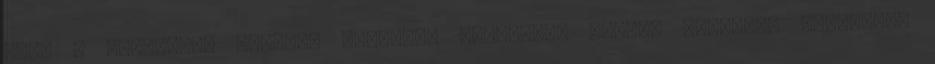
vagy a beavatott szentek homlokát különböző isteni jelekkel díszítik.